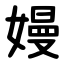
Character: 嫚